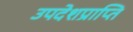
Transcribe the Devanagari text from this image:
उपदेशप्राप्ति